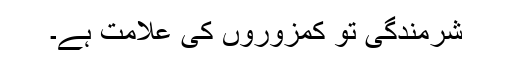
شرمندگی تو کمزوروں کی علامت ہے۔